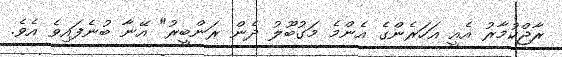
ރާޖްކުމާރު އެއީ އަހަރެންގެ އެންމެ މަގުބޫލު ދެން ރަންބީރު" އޭނާ ބުނެފައިވެ އެވެ.